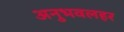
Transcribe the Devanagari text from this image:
अनुभवलहर